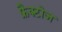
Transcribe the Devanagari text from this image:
फ्रैक्टोज